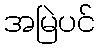
အမြဲပင်